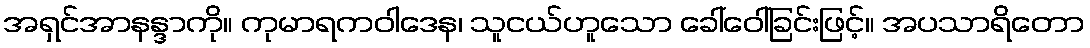
အရှင်အာနန္ဒာကို။ ကုမာရကဝါဒေန၊ သူငယ်ဟူသော ခေါ်ဝေါ်ခြင်းဖြင့်။ အပသာရိတော